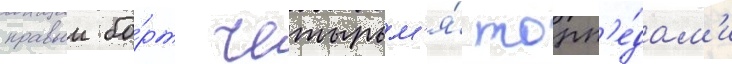
правыи бо́рт четырьм'я́ торп'е́дам'и